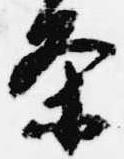
条